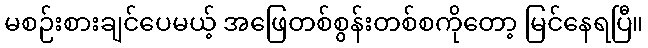
မစဉ်းစားချင်ပေမယ့် အဖြေတစ်စွန်းတစ်စကိုတော့ မြင်နေရပြီ။